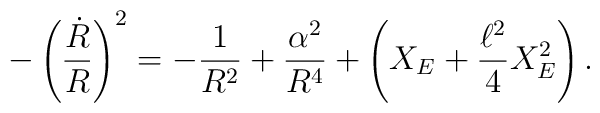
-\left({\dot R\over R}\right)^2=-{1\over R^2}+{\alpha^2\over R^4}+\left(X_E+{\ell^2\over 4}X^2_E\right).